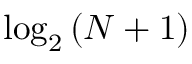
\log _ { 2 } { ( N + 1 ) }